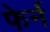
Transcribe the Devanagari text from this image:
फेर्न